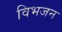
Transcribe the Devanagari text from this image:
विभजन